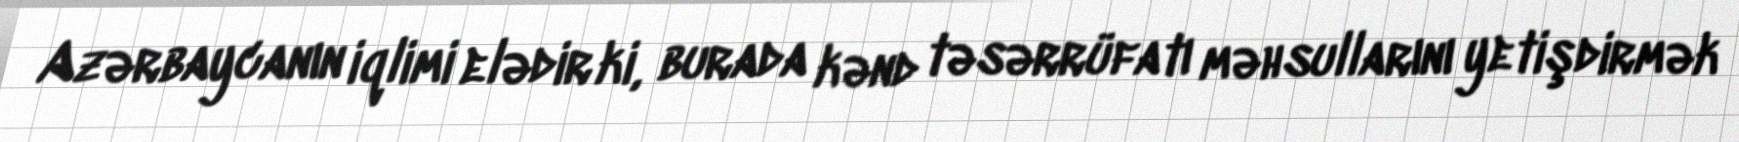
Azərbaycanın iqlimi elədir ki, burada kənd təsərrüfatı məhsullarını yetişdirmək